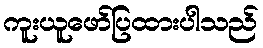
ကူးယူဖော်ပြထားပါသည်